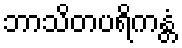
ဘာသိတပရိကန္တံ